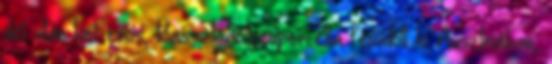
dél után két erős, klasszikus szupercella fejlődött ki Ausztriában,